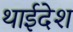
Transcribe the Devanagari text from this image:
थाईदेश